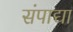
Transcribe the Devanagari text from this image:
संपाद्या